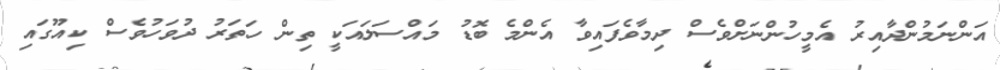
އަންނަމުންދާއިރު އެމީހުންނަށްވެސް ދިމާވެފައިވާ އެންމެ ބޮޑު މައްސަލައަކީ ތިން ހަތަރު ދުވަހުވެސް ކިއޫގައި